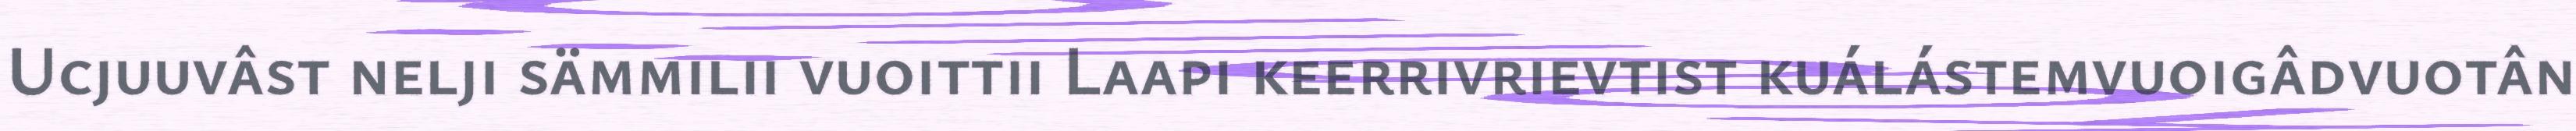
Ucjuuvâst nelji sämmilii vuoittii Laapi keerrivrievtist kuálástemvuoigâdvuotân